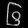
Digit: ၆